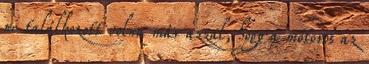
ne találkozott volna már azzal, hogy a motoros az